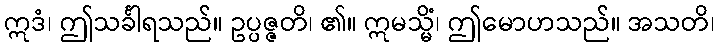
ဣဒံ၊ ဤသင်္ခါရသည်။ ဥပ္ပဇ္ဇတိ၊ ၏။ ဣမသ္မိံ၊ ဤမောဟသည်။ အသတိ၊